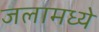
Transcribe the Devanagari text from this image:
जलामध्ये